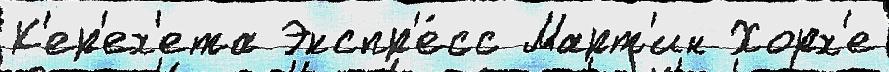
К'ер'ех'ета Экспр'е́сс Март'ин Хорх'е